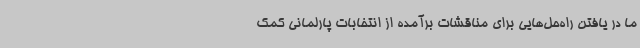
ما در یافتن راه‌حل‌هایی برای مناقشات برآمده از انتخابات پارلمانی کمک